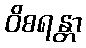
ဝိစရန္တာ